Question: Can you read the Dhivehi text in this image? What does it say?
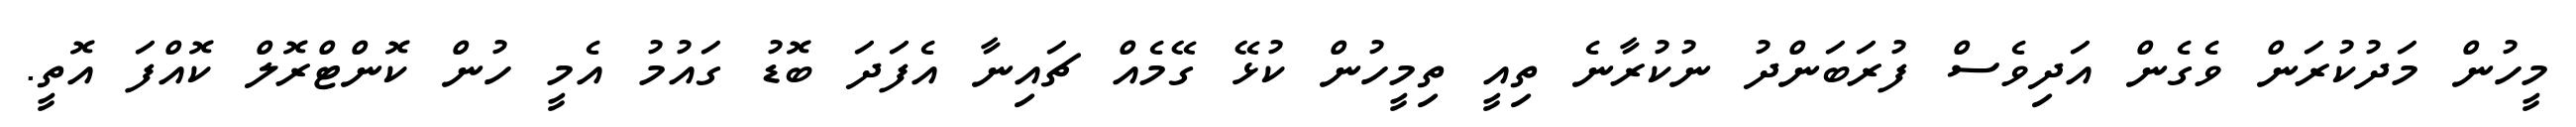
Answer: މީހުން މަދުކުރަން ވެގެން އަދިވެސް ފުރަބަންދު ނުކުރާނެ ތިއީ ތިމީހުން ކުޅޭ ގޭމެއް ޗައިނާ އެފަދަ ބޮޑު ގައުމު އެމީ ހުން ކޮންޓްރޮލް ކޮއްފަ އޮތީ.